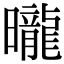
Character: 曨